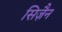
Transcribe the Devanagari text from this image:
सिज़ैन